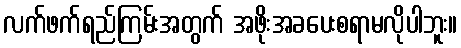
လက်ဖက်ရည်ကြမ်းအတွက် အဖိုးအခပေးစရာမလိုပါဘူး။